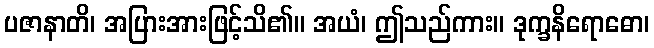
ပဇာနာတိ၊ အပြားအားဖြင့်သိ၏။ အယံ၊ ဤသည်ကား။ ဒုက္ခနိရောဓော၊